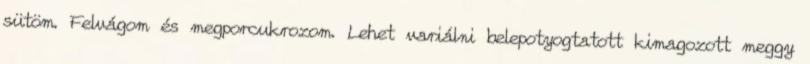
sütöm. Felvágom és megporcukrozom. Lehet variálni belepotyogtatott kimagozott meggy